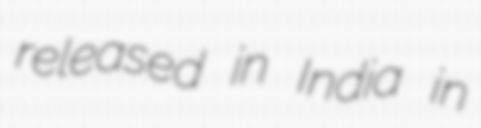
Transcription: released in India in